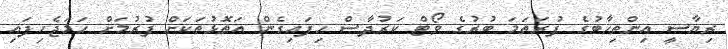
ރިޔާސީ އިންތިހާބުގެ ފުރަތަމަ ބުރުގެ ވޯޓް ކަރުދާސް ހިފައިގެން އަތޮޅުތަކަށް ފުރުމަށް ހަމަޖެހިފައި